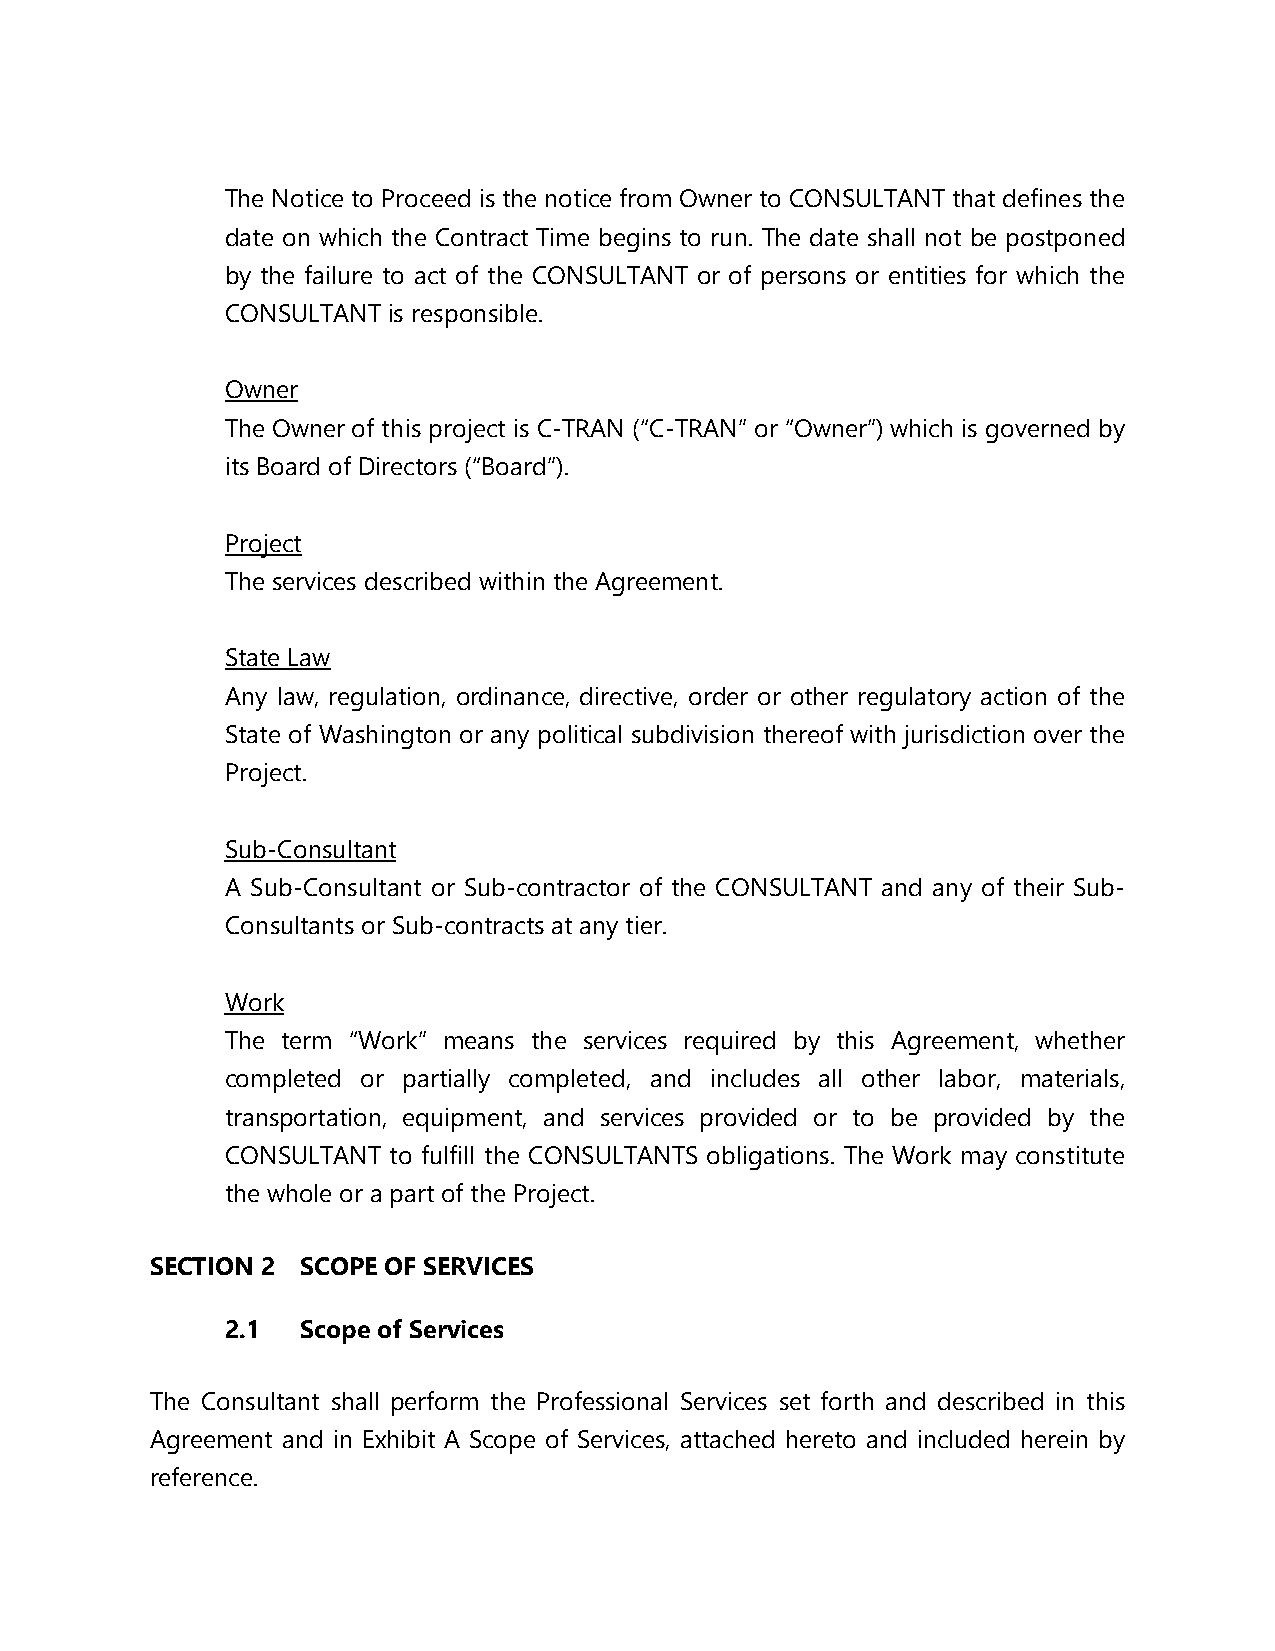
The Notice to Proceed is the notice from Owner to CONSULTANT that defines the
 date on which the Contract Time begins to run. The date shall not be postponed
 by the failure to act of the CONSULTANT or of persons or entities for which the
 CONSULTANT is responsible.
 Owner
 The Owner of this project is C-TRAN (“C-TRAN” or “Owner”) which is governed by
 its Board of Directors (“Board”).
 Project
 The services described within the Agreement.
 State Law
 Any law, regulation, ordinance, directive, order or other regulatory action of the
 State of Washington or any political subdivision thereof with jurisdiction over the
 Project.
 Sub-Consultant
 A Sub-Consultant or Sub-contractor of the CONSULTANT and any of their Sub-
 Consultants or Sub-contracts at any tier.
 Work
 The term “Work” means the services required by this Agreement, whether
 completed or partially completed, and includes all other labor, materials,
 transportation, equipment, and services provided or to be provided by the
 CONSULTANT to fulfill the CONSULTANTS obligations. The Work may constitute
 the whole or a part of the Project.
 SECTION 2 SCOPE OF SERVICES
 2.1  Scope of Services
 The Consultant shall perform the Professional Services set forth and described in this
 Agreement and in Exhibit A Scope of Services, attached hereto and included herein by
 reference.